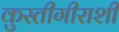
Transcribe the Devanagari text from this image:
कुस्तीगीराशी